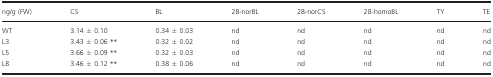
| ng/g (FW) | CS | BL | 28‐norBL | 28‐norCS | 28‐homoBL | TY | TE |
 | --- | --- | --- | --- | --- | --- | --- | --- |
 | WT | 3.14 ± 0.10 | 0.34 ± 0.03 | nd | nd | nd | nd | nd |
 | L3 | 3.43 ± 0.06 ** | 0.32 ± 0.02 | nd | nd | nd | nd | nd |
 | L5 | 3.66 ± 0.09 ** | 0.32 ± 0.03 | nd | nd | nd | nd | nd |
 | L8 | 3.46 ± 0.12 ** | 0.38 ± 0.06 | nd | nd | nd | nd | nd |